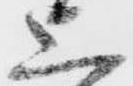
上